画像に写った文字を読んでください
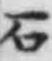
「石」と書いてあります